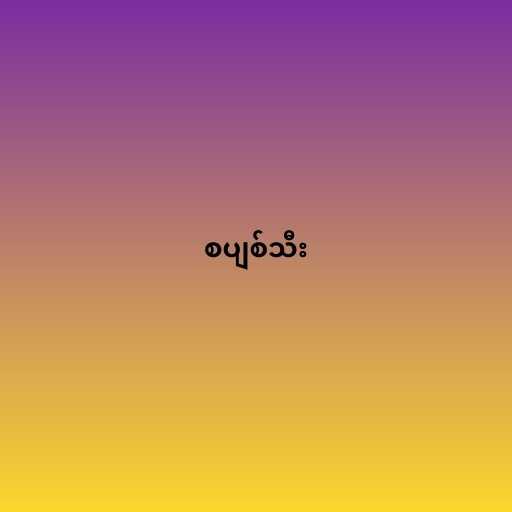
စပျစ်သီး